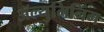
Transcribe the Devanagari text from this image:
ॲल्युमिनिंम